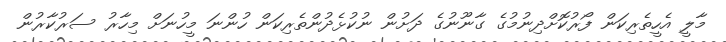
މާލީ އެހީތެރިކަން ފޯރުކޮށްދިނުމުގެ ގާނޫނުގެ ދަށުން ނުކުޅެދުންތެރިކަން ހުންނަ މީހުނަށް މިހާރު ސަރުކާރުން